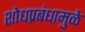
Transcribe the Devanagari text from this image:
शोधप्रबंधामुळे